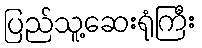
ပြည်သူ့ဆေးရုံကြီး